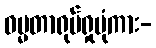
ဓမ္မတာရုပ်ရှုပုံကား-